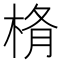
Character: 𣒥